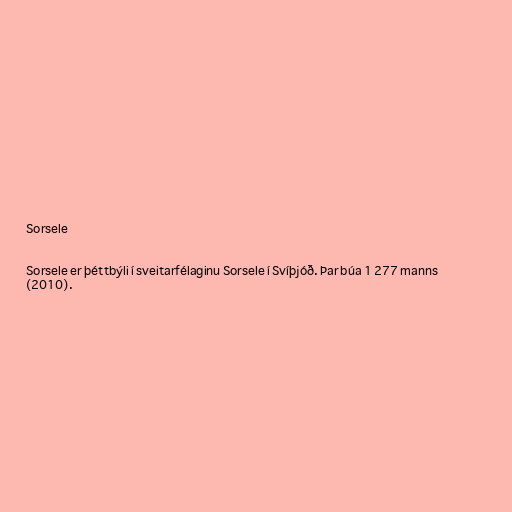
Sorsele

Sorsele er þéttbýli í sveitarfélaginu Sorsele í Svíþjóð. Þar búa 1 277 manns
(2010).